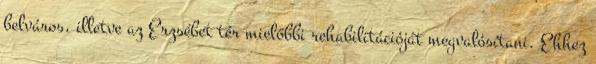
belváros, illetve az Erzsébet tér mielőbbi rehabilitációját megvalósítani. Ehhez